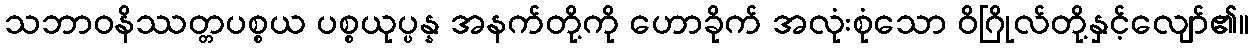
သဘာဝနိဿတ္တပစ္စယ ပစ္စယုပ္ပန္န အနက်တို့ကို ဟောခိုက် အလုံးစုံသော ဝိဂြိုလ်တို့နှင့်လျော်၏။